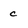
Character: c